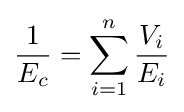
{\frac {1}{E_{c}}}=\sum _{i=1}^{n}{\frac {V_{i}}{E_{i}}}